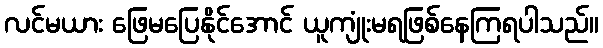
လင်မယား ဖြေမပြေနိုင်အောင် ယူကျုံးမရဖြစ်နေကြရပါသည်။